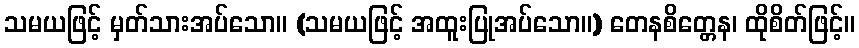
သမယဖြင့် မှတ်သားအပ်သော။ (သမယဖြင့် အထူးပြုအပ်သော။) တေနစိတ္တေန၊ ထိုစိတ်ဖြင့်။